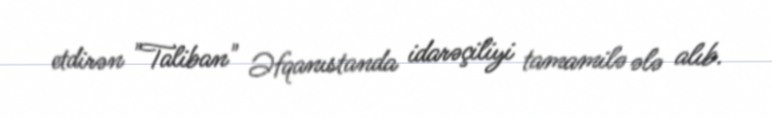
etdirən "Taliban" Əfqanıstanda idarəçiliyi tamamilə ələ alıb.